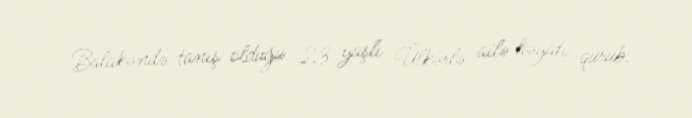
Balakəndə tanış olduğu 23 yaşlı Ülkərlə ailə həyatı qurub.